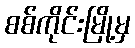
စစ်ကိုင်းမြို့မှ